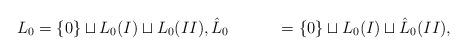
LaTeX: \begin{align*} L_0 &= \{0\}\sqcup L_0(I) \sqcup L_0(II), \hat{L}_0 &=\{0\}\sqcup L_0(I)\sqcup \hat{L}_0(II),\end{align*}